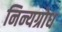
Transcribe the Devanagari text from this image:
निन्यग्रोध